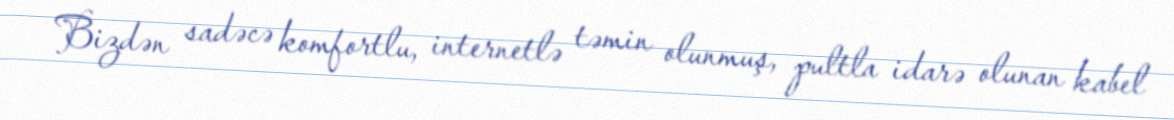
Bizdən sadəcə komfortlu, internetlə təmin olunmuş, pultla idarə olunan kabel